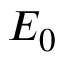
E _ { 0 }